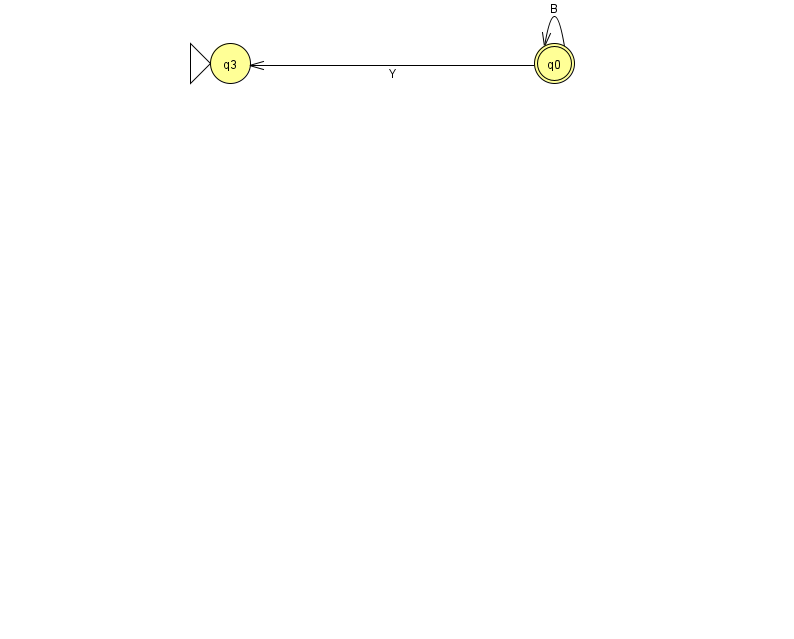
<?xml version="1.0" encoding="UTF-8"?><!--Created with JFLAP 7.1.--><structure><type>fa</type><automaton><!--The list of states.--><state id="0" name="q0"><x>554.0</x><y>50.0</y><final/></state><state id="3" name="q3"><x>230.0</x><y>50.0</y><initial/></state><!--The list of transitions.--><transition><from>0</from><to>0</to><read>B</read></transition><transition><from>0</from><to>3</to><read>Y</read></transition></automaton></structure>